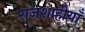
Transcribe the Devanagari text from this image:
राजशाहीयाँ